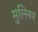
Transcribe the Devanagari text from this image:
मुल्लिन